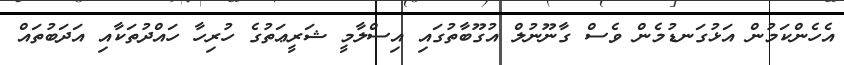
އެހެންކަމުން އަޅުގަނޑުމެން ވެސް ގާނޫނުލް އުގޫބާތުގައި އިސްލާމީ ޝަރީޢަތުގެ ހުރިހާ ހައްދުތަކާއި އަދަބުތައް